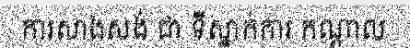
ការសាងសង់ ជា ទីស្នាក់ការ កណ្តាល